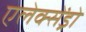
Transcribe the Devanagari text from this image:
एलेक्सेंड्रो